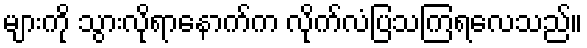
များကို သွားလိုရာနောက်က လိုက်လံပြသကြရလေသည်။